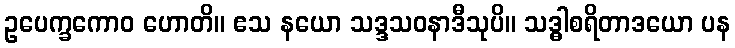
ဥပေက္ခကောဝ ဟောတိ။ ဧသ နယော သဒ္ဒသဝနာဒီသုပိ။ သဒ္ဓါစရိတာဒယော ပန